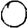
Digit: 0